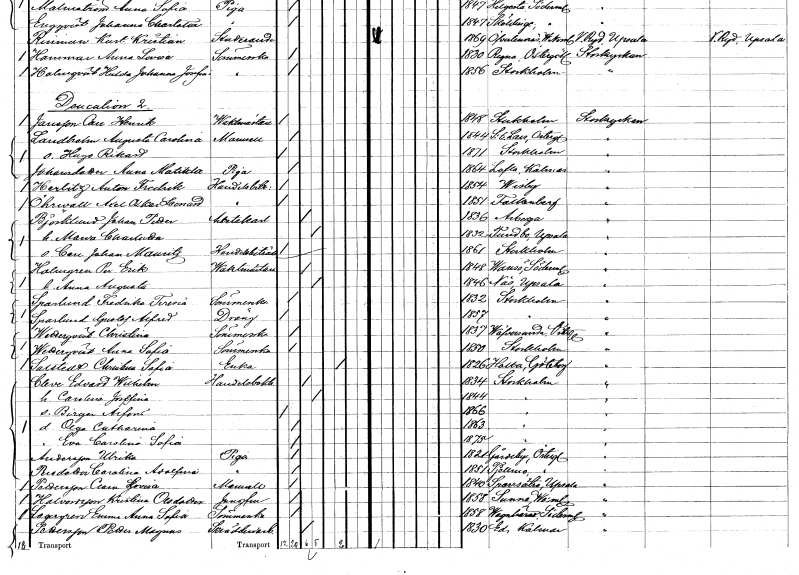
gt_parse: households: individuals: FN: Augusta Carolina
EN: Landholm
KON: K
CIV: O
FODAR: 1844
FODFORS: Sankt Lars Linköping Östergötlands län
FN: Hugo Rikard
KON: M
CIV: O
FODAR: 1871
FODFORS: Stockholm
FN: Anna Matilda
EN: Johansdotter
YRKE: Piga
KON: K
CIV: O
FODAR: 1864
FODFORS: Lofta Kalmar län
FN: Anton Fredrik
EN: Herlitz
YRKE: Handelsbiträde
KON: M
CIV: O
FODAR: 1854
FODFORS: Visby Gotlands län
FN: Axel Oskar Leonard
EN: Öhrwall
YRKE: Handelsbiträde
KON: M
CIV: O
FODAR: 1851
FODFORS: Falkenberg Hallands län
FN: Johan Petter
EN: Björklund
YRKE: Arbetskarl
KON: M
CIV: G
FODAR: 1836
FODFORS: Arboga Västmanlands län
FN: Maria Charlotta
KON: K
CIV: G
FODAR: 1852
FODFORS: Funbo Uppsala län
FN: Carl Johan Mauritz
YRKE: Handelsbiträde
KON: M
CIV: O
FODAR: 1861
FODFORS: Stockholm
FN: Per Erik
EN: Holmgren
YRKE: Vaktmästare
KON: M
CIV: G
FODAR: 1848
FODFORS: Vansö Södermanlands län
FN: Anna Augusta
KON: K
CIV: G
FODAR: 1846
FODFORS: Näs Uppsala län
FN: Fredrika Teresia
EN: Sparlund
YRKE: Sömmerska
KON: K
CIV: O
FODAR: 1832
FODFORS: Stockholm
FN: Gustaf Alfred
EN: Sparlund
YRKE: Dräng
KON: M
CIV: O
FODAR: 1857
FODFORS: Stockholm
FN: Christina
EN: Wetterqvist
YRKE: Sömmerska
KON: K
CIV: O
FODAR: 1837
FODFORS: Väversunda Östergötlands län
FN: Anna Sofia
EN: Wetterqvist
YRKE: Sömmerska
KON: K
CIV: O
FODAR: 1850
FODFORS: Stockholm
FN: Christina Sofia
EN: Salstedt
YRKE: Änka
KON: K
CIV: E
FODAR: 1826
FODFORS: Hålta Göteborgs- och Bohuslän
FN: Edvard Wilhelm
EN: Cleve
YRKE: Handelsbokhållare
KON: M
CIV: G
FODAR: 1834
FODFORS: Stockholm
FN: Carolina Josefina
KON: K
CIV: G
FODAR: 1844
FODFORS: Stockholm
FN: Birger Alfons
KON: M
CIV: O
FODAR: 1866
FODFORS: Stockholm
FN: Olga Catharina
KON: K
CIV: O
FODAR: 1863
FODFORS: Stockholm
FN: Eva Carolina Sofia
KON: K
CIV: O
FODAR: 1875
FODFORS: Stockholm
FN: Ulrika
EN: Andersson
YRKE: Piga
KON: K
CIV: O
FODAR: 1821
FODFORS: Gårdeby Östergötlands län
FN: Carolina Adolfina
EN: Persdotter
YRKE: Piga
KON: K
CIV: O
FODAR: 1851
FODFORS: Tjällmo Östergötlands län
FN: Clara Lovisa
EN: Pettersson
KON: K
CIV: O
FODAR: 1840
FODFORS: Sparrsätra Uppsala län
FN: Kristina
EN: Halvardsson Olsdotter
YRKE: Jungfru
KON: K
CIV: O
FODAR: 1858
FODFORS: Sunne Värmlands län
FN: Emma Anna Sofia
EN: Segergren
YRKE: Sömmerska
KON: K
CIV: O
FODAR: 1858
FODFORS: Vagnhärad Södermanlands län
FN: Petter Magnus
EN: Pettersson
YRKE: Skrädderiarbetare
KON: M
CIV: G
FODAR: 1830
FODFORS: Ed Kalmar län